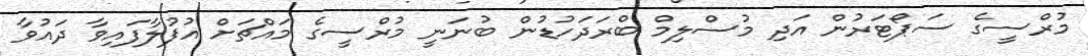
މުރްސީގެ ސަޕޯޓަރުން އަދި މުސްލިމް ބްރަދަހުޑުން ބުނަނީ މުރްސީގެ މައްޗަށް އުފުލާފައިވާ ދައުވާ